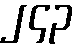
၂၄၃